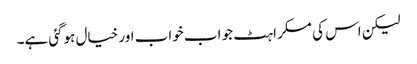
لیکن اس کی مسکراہٹ جو اب خواب اور خیال ہوگئی ہے۔